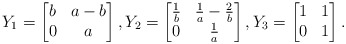
\begin{align*}Y_1=\begin{bmatrix} b & a-b \\ 0 & a\end{bmatrix}, Y_2 = \begin{bmatrix} \frac{1}{b} & \frac{1}{a}-\frac{2}{b} \\ 0 & \frac{1}{a}\end{bmatrix}, Y_3=\begin{bmatrix}1&1\\0&1\end{bmatrix}.\end{align*}